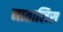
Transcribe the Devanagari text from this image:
नातालिस